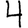
Digit: 4